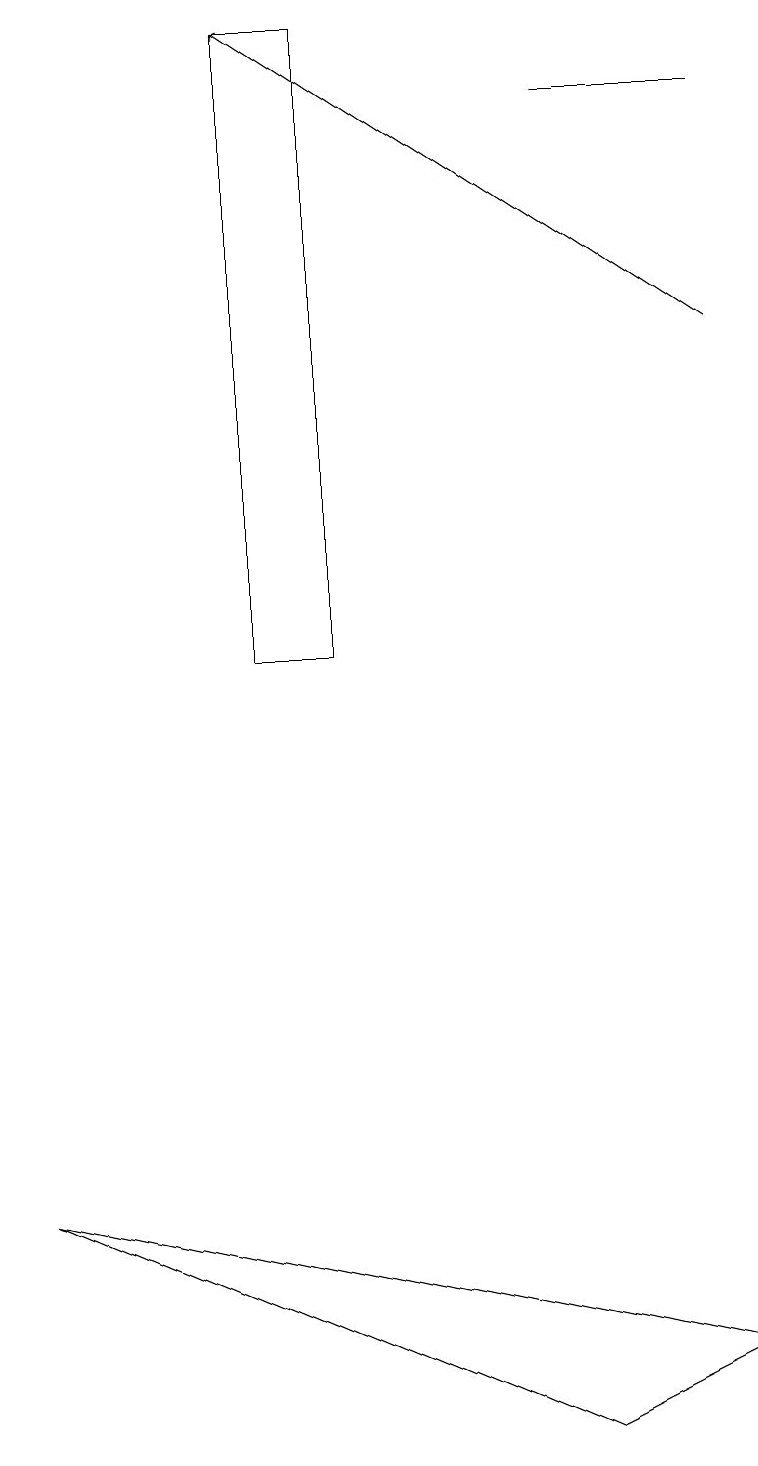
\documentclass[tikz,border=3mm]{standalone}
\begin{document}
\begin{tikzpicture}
\draw (7,18) rectangle (9,18);
\draw (3,11) rectangle (4,19);
\draw (9,2) -- (7,1) -- (0,4) -- cycle;
\draw[->] (9,15) -- (3,19);
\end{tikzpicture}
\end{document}